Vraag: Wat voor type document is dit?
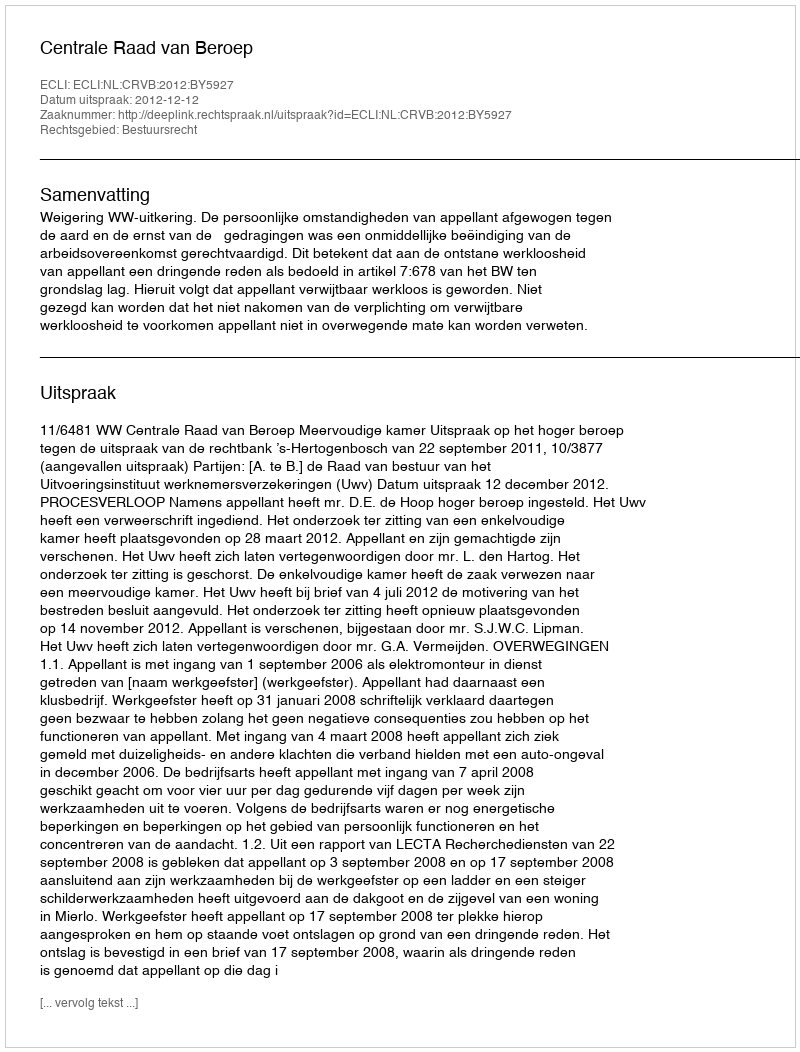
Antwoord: Uitspraak